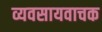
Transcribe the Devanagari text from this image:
व्यवसायवाचक